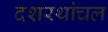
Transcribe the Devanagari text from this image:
दशरथांचल